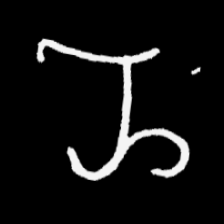
Pyu character \u2014 Myanmar letter: ည (romanized: nya)